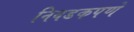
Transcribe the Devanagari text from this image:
निवडकपणे